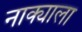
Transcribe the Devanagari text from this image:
नाक्याला